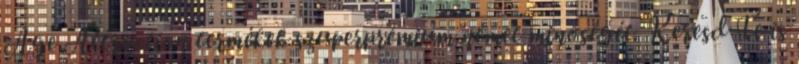
Age Attraction termékek szuperprémium német minőségét. Keresd Te is